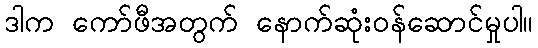
ဒါက ကော်ဖီအတွက် နောက်ဆုံးဝန်ဆောင်မှုပါ။